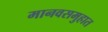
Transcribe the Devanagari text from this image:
मानवसमुहात